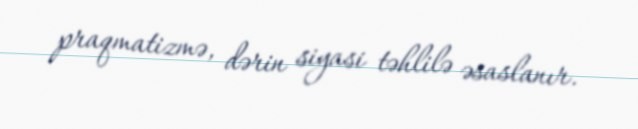
praqmatizmə, dərin siyasi təhlilə əsaslanır.